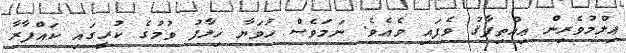
ޢިލްމުވެރިން ޢިއްތިފާޤު ވެފައި ވެއެވެ. ނަމަވެސް ހުވަޔާ ޚިލާފު ވުމުގެ ކުރީގައި ކައްފާރާ